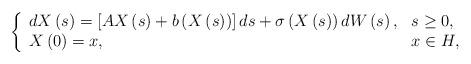
LaTeX: \begin{align*}\left\{\begin{array}[c]{ll}dX\left( s\right) =\left[ AX\left( s\right)+b\left(X\left(s\right)\right) \right] ds+\sigma\left(X\left( s\right)\right) dW\left(s\right), & s\geq 0, \\X\left( 0\right) =x, & x\in H,\end{array}\right. \end{align*}